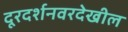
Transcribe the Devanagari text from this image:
दूरदर्शनवरदेखील